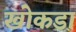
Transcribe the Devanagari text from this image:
खोकडा